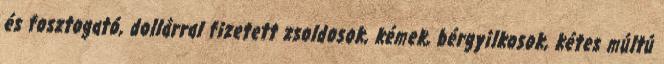
és fosztogató, dollárral fizetett zsoldosok, kémek, bérgyilkosok, kétes múltú